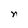
Character: n